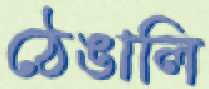
ঠেঙালি